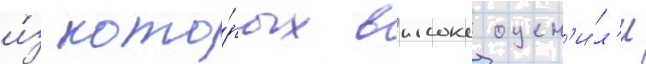
и́з кото́рых высоко оцен'и́л'и